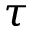
\tau